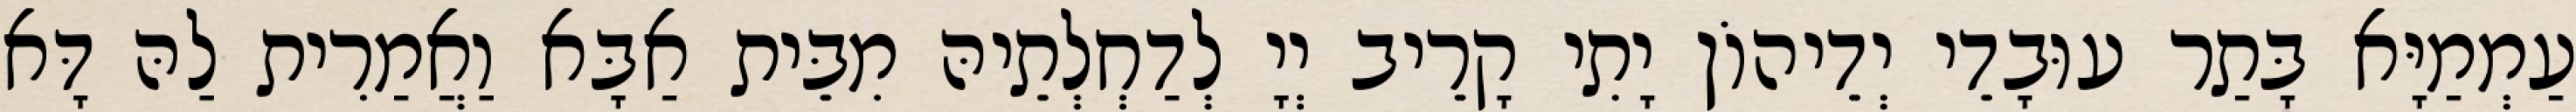
עַמְמַיָּא בָּתַר עוּבָדֵי יְדֵיהוֹן יָתִי קָרֵיב יְיָ לְדַחְלְתֵיהּ מִבֵּית אַבָּא וַאֲמַרִית לַהּ דָּא